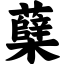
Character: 蘖